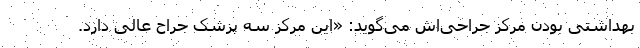
بهداشتی بودن مرکز جراحی‌اش می‌گوید: «این مرکز سه پزشک جراح عالی دارد.